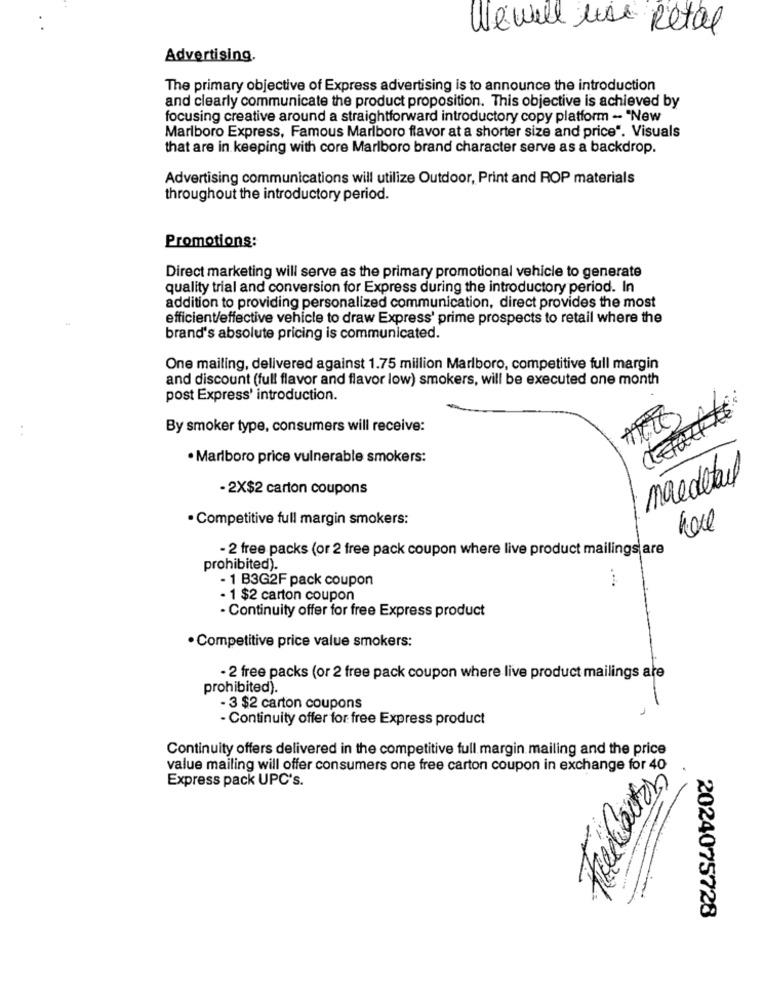
We will use Retal
Advertising.
The primary objective of Express advertising is to announce the introduction
and clearly communicate the product proposition. This objective is achieved by
focusing creative around a straightforward introductory copy platform -- "New
Marlboro Express, Famous Marlboro flavor at a shorter size and price". Visuals
that are in keeping with core Marlboro brand character serve as a backdrop.
Advertising communications will utilize Outdoor, Print and ROP materials
throughout the introductory period.
Promotions:
Direct marketing will serve as the primary promotional vehicle to generate
quality trial and conversion for Express during the introductory period. In
addition to providing personalized communication, direct provides the most
efficient/effective vehicle to draw Express' prime prospects to retail where the
brand's absolute pricing is communicated.
One mailing, delivered against 1.75 million Marlboro, competitive full margin
and discount (full flavor and flavor low) smokers, will be executed one month
post Express' introduction.
ceacht
. .
By smoker type, consumers will receive:
· Marlboro price vulnerable smokers:
macdetail
- 2X$2 carton coupons
· Competitive full margin smokers:
0
- 2 free packs (or 2 free pack coupon where live product mailings are
prohibited).
- 1 B3G2F pack coupon
- 1 $2 carton coupon
- Continuity offer for free Express product
· Competitive price value smokers:
- 2 free packs (or 2 free pack coupon where live product mailings are
prohibited).
- 3 $2 carton coupons
- Continuity offer for free Express product
Continuity offers delivered in the competitive full margin mailing and the price
value mailing will offer consumers one free carton coupon in exchange for 40
Express pack UPC's.
2024075728